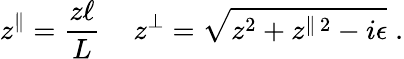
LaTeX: z^{\| }=\frac{z\ell}{L}\, \quad z^{\perp}=\sqrt{z^{2}+z^{\| \, 2}-i\epsilon}\; .